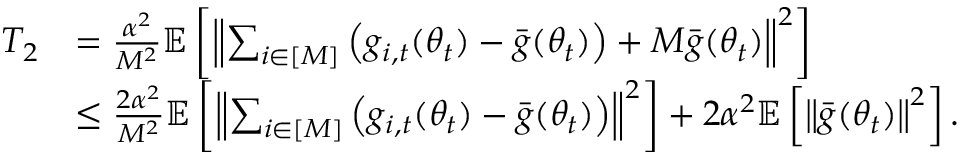
\begin{array} { r l } { T _ { 2 } } & { = \frac { \alpha ^ { 2 } } { M ^ { 2 } } \mathbb { E } \left[ \left\Vert \sum _ { i \in [ M ] } \left( g _ { i , t } ( \theta _ { t } ) - \bar { g } ( \theta _ { t } ) \right) + M \bar { g } ( \theta _ { t } ) \right\Vert ^ { 2 } \right] } \\ & { \leq \frac { 2 \alpha ^ { 2 } } { M ^ { 2 } } \mathbb { E } \left[ \left\Vert \sum _ { i \in [ M ] } \left( g _ { i , t } ( \theta _ { t } ) - \bar { g } ( \theta _ { t } ) \right) \right\Vert ^ { 2 } \right] + 2 \alpha ^ { 2 } \mathbb { E } \left[ \left\Vert \bar { g } ( \theta _ { t } ) \right\Vert ^ { 2 } \right] . } \end{array}